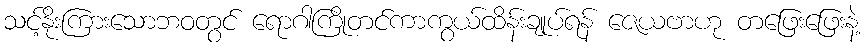
သင့်နိုးကြားသောဘဝတွင် ရောဂါကြိုတင်ကာကွယ်ထိန်းချုပ်ရန် ဇေယဗာဟု တဖြေးဖြေးနဲ့